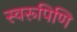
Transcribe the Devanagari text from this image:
स्वरूपिणि